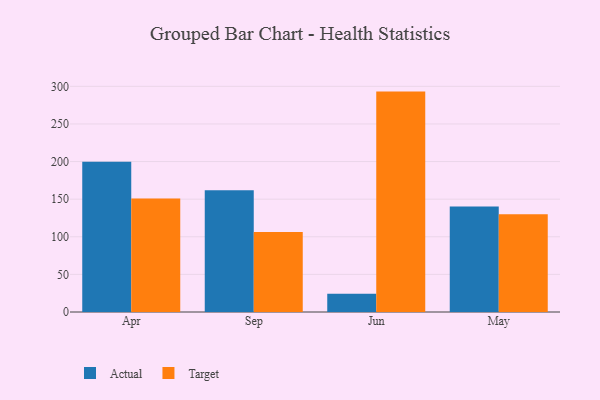
{"axis": {"x": "Month", "y": "Operating Costs (USD K)"}, "legend": ["Actual", "Target"], "data": [{"x": "Apr", "y": 199.6, "type": "Actual"}, {"x": "Apr", "y": 151.0, "type": "Target"}, {"x": "Sep", "y": 161.7, "type": "Actual"}, {"x": "Sep", "y": 106.5, "type": "Target"}, {"x": "Jun", "y": 24.2, "type": "Actual"}, {"x": "Jun", "y": 293.0, "type": "Target"}, {"x": "May", "y": 140.4, "type": "Actual"}, {"x": "May", "y": 129.9, "type": "Target"}]}